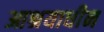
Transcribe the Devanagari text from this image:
आश्रयाधीन